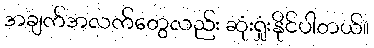
အချက်အလက်တွေလည်း ဆုံးရှုံးနိုင်ပါတယ်။